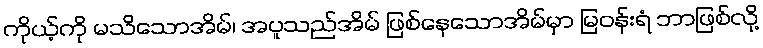
ကိုယ့်ကို မသိသောအိမ်၊ အပူသည်အိမ် ဖြစ်နေသောအိမ်မှာ မြဝန်းရံ ဘာဖြစ်လို့